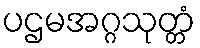
ပဌမအဂ္ဂသုတ္တံ